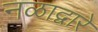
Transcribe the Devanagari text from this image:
नळाद्वारे